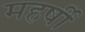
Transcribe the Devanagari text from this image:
महर्षी